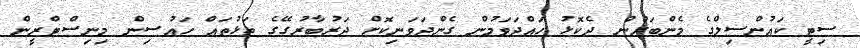
ސިޓީ ކައުންސިލްގެ މެންބަރުން ދެކޮޅު ހައްދަވަމުން ގެންދަވަނިކޮށް ދަރުބާރުގޭގެ ތަޅުތައް ހައުސިން މިނިސްޓްރީން